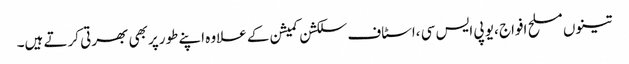
تینوں مسلح افواج ،یو پی ایس سی ،اسٹاف سلکشن کمیشن کے علاوہ اپنے طورپر بھی بھرتی کرتے ہیں۔